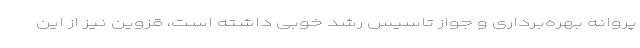
پروانه بهره‌برداری و جواز تاسیس رشد خوبی داشته است، قزوین نیز از این